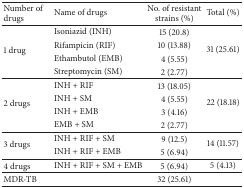
<table><thead><tr><td><b>Number of drugs</b></td><td><b>Name of drugs</b></td><td><b>No. of resistant strains (%) </b></td><td><b>Total (%)</b></td></tr></thead><tbody><tr><td rowspan="4">1 drug</td><td>Isoniazid (INH)</td><td>15 (20.8)</td><td rowspan="4">31 (25.61)</td></tr><tr><td>Rifampicin (RIF)</td><td>10 (13.88)</td></tr><tr><td>Ethambutol (EMB)</td><td>4 (5.55)</td></tr><tr><td>Streptomycin (SM)</td><td>2 (2.77)</td></tr><tr><td rowspan="4">2 drugs</td><td>INH + RIF</td><td>13 (18.05)</td><td rowspan="4">22 (18.18)</td></tr><tr><td>INH + SM</td><td>4 (5.55)</td></tr><tr><td>INH + EMB</td><td> 3 (4.16)</td></tr><tr><td>EMB + SM</td><td>2 (2.77)</td></tr><tr><td rowspan="2">3 drugs</td><td>INH + RIF + SM</td><td>9 (12.5)</td><td rowspan="2">14 (11.57)</td></tr><tr><td>INH + RIF + EMB</td><td>5 (6.94)</td></tr><tr><td>4 drugs</td><td>INH + RIF + SM + EMB</td><td>5 (6.94)</td><td>5 (4.13)</td></tr><tr><td> MDR-TB</td><td>[EMPTY_CELL]</td><td>32 (25.61)</td><td>[EMPTY_CELL]</td></tr></tbody></table>